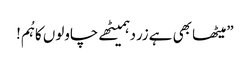
”میٹھا بھی ہےزردہمیٹھے چاولوں کاہُم!